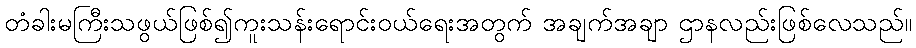
တံခါးမကြီးသဖွယ်ဖြစ်၍ကူးသန်းရောင်းဝယ်ရေးအတွက် အချက်အချာ ဌာနလည်းဖြစ်လေသည်။